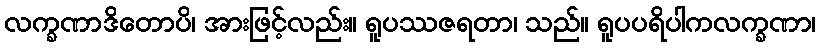
လက္ခဏာဒိတောပိ၊ အားဖြင့်လည်း။ ရူပဿဇရတာ၊ သည်။ ရူပပရိပါကလက္ခဏာ၊